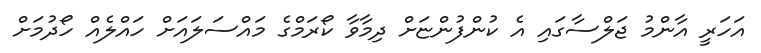
އަހަރީ އާންމު ޖަލްސާގައި އެ ކުންފުންޏަށް ދިމާވާ ކޯރަމްގެ މައްސަލައަށް ހައްލެއް ހޯދުމަށް